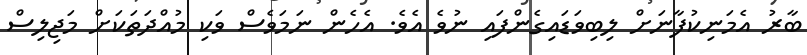
ބާރު އެމަނިކުފާނަށް ލިބިވަޑައިގެންފައި ނުވެ އެވެ. އެހެން ނަމަވެސް ވަކި މުއްދަތަކަށް މަޖިލިސް